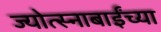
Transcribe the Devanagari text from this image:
ज्योत्स्नाबाईंच्या